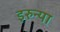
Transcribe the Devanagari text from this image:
इरुन्या